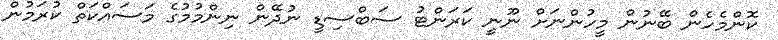
ކޮންމެހެން ބޭނުން މީހުންނަށް ނޫނީ ކަރަންޓު ސަބްސިޑީ ނުދޭން ނިންމުމުގެ މަސައްކަތް ކުރަމުން